Indian journal of veterinary science and animal husbandry - Volumes 22-23, 1952-1953
Year: 1952
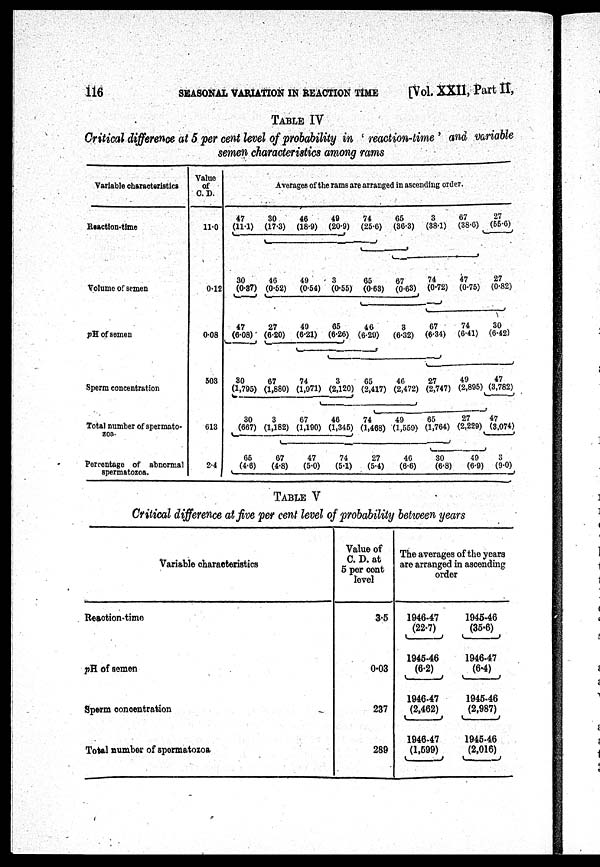
116
SEASONAL VARIATION IN REACTION TIME
[Vol. XXII, Part II,
TABLE IV
Critical difference at 5 per cent level of probability in ' reaction-time ' and variable
semen characteristics among rams
Variable characteristics
Reaction-time
Volume of semen
pH of semen
Sperm concentration
Total number of spermato-
zoa.
Percentage of abnormal
spermatozoa.
Value
of
C.D.
11.0
0.12
0.08
508
613
24
Averages of the rams are arranged in ascending order.
47
(11.1)
30
(0.87)
47
(6.08)
30
(1,795)
30
(667)
65
(4.6)
30
(17.3)
46
(0.52)
27
(6.20)
67
(1,880)
3
(1,182)
07
(4.8)
46
(18.9)
49
(0.54)
49
(6.21)
74
(1,971)
67
(1,190)
47
(5.0)
49
(20.9)
3
(0.55)
65
(6.26)
3
(2,120)
46
(1,345)
74
(5.1)
74
(25.6)
65
(0.63)
46
(6.20)
65
(2,417)
74
(1,468)
27
(5.4)
65
(36.3)
67
(0.63)
3
(6.32)
46
(2,472)
49
(1,559)
40
(6.6)
3
(38.1)
74
(0.72)
67
(6.34)
27
(2,747)
65
(1,764)
30
(6.8)
67
(38.6)
47
(0.75)
74
(6.41)
49
(2,895)
27
(2,229)
49
(6.9)
27
(55.6)
27
(0.82)
30
(6.42)
47
(3,782)
47
(3,074)
3
(9.0)
TABLE V
Critical difference at five per cent level of probability between years
Variable characteristics
Reaction-time
pH of semen
Sperm concentration
Total number of spermatozoa
Value of
C. D. at
5 per cent
level
3.5
0.03
237
289
The averages of the years
are arranged in ascending
order
1946.47
(22.7)
1945-46
(6.2)
1946-47
(2,462)
1946-47
(1,599)
1945-46
(35.6)
1946-47
(6.4)
1945-46
(2,987)
1945-46
(2,016)